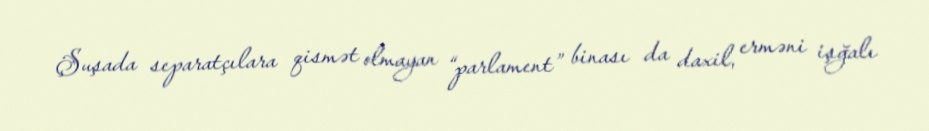
Şuşada separatçılara qismət olmayan “parlament” binası da daxil, erməni işğalı